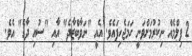
2 ފިލްމެއް ނިކުރުމަށްވަނީ ހަމަޖެހިފައެވެ. އެއީ "ނަވާބްޒާދެ" އާއި "ސުއި ދާގެ" އެވެ.